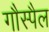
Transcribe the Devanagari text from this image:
गौस्पैल